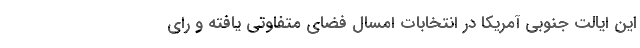
این ایالت جنوبی آمریکا در انتخابات امسال فضای متفاوتی یافته و رای